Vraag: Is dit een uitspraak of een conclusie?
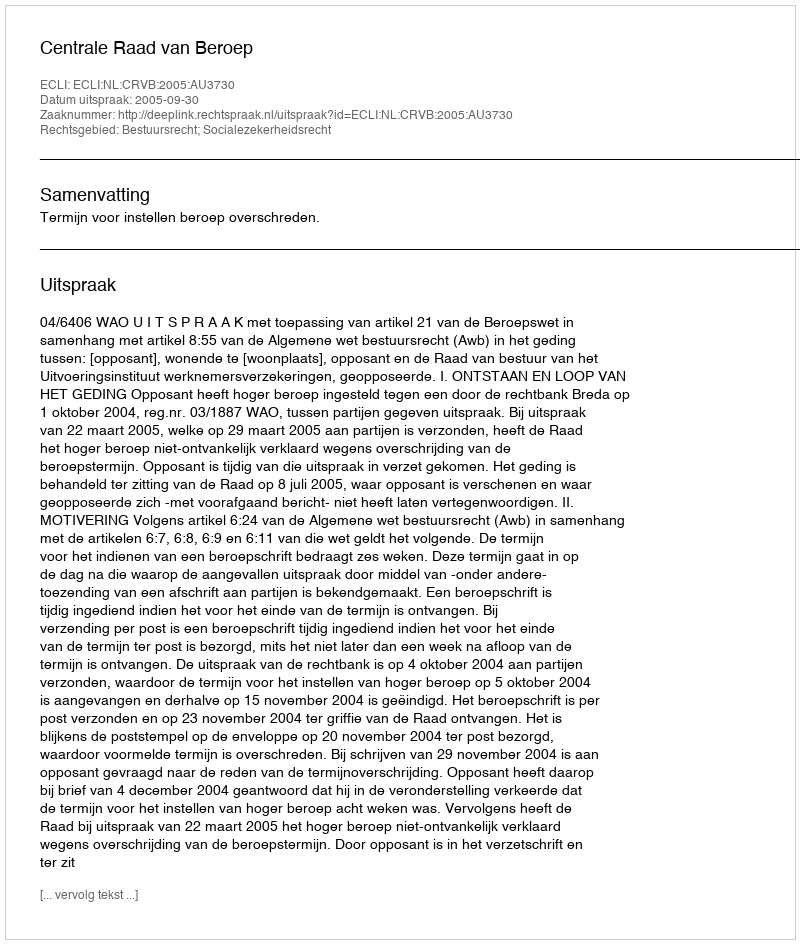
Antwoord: Uitspraak